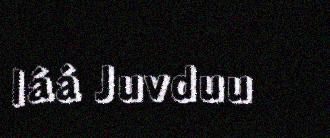
láá Juvduu